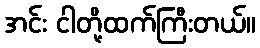
အင်း ငါတို့ထက်ကြီးတယ်။